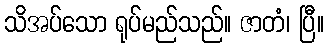
သိအပ်သော ရုပ်မည်သည်။ ဇာတံ၊ ပြီ။